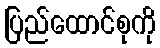
ပြည်ထောင်စုကို